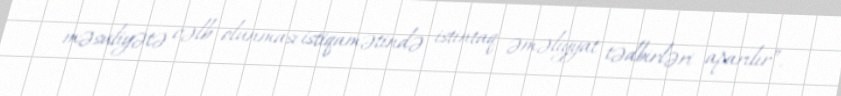
məsuliyətə cəlb olunması istiqamətində istintaq əməliyyat tədbirləri aparılır”.